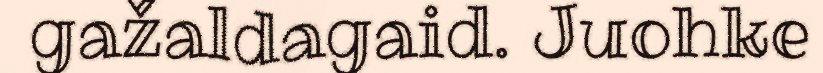
gažaldagaid. Juohke